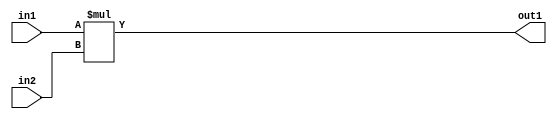
`timescale 1ps / 1ps
/*****************************************************************************
    Verilog RTL Description
    
    
    Created by: Stratus DpOpt 2019.1.01 
*******************************************************************************/

module st_weight_addr_gen_Mul_16Ux16U_16U_4 (
	in2,
	in1,
	out1
	); /* architecture "behavioural" */ 
input [15:0] in2,
	in1;
output [15:0] out1;
wire [15:0] asc001;

assign asc001 = 
	+(in1 * in2);

assign out1 = asc001;
endmodule

/* CADENCE  ubDwQwg= : u9/ySgnWtBlWxVPRXgAZ4Og= ** DO NOT EDIT THIS LINE ******/